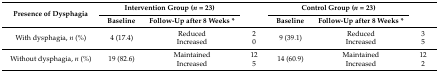
<table><thead><tr><td rowspan="2"><b>Presence of Dysphagia</b></td><td colspan="2"><b>Intervention Group (<i>n</i> = 23)</b></td><td rowspan="2"></td><td colspan="2"><b>Control Group (<i>n</i> = 23)</b></td><td rowspan="2"></td></tr><tr><td><b>Baseline</b></td><td><b>Follow-Up after 8 Weeks *</b></td><td><b>Baseline</b></td><td><b>Follow-Up after 8 Weeks *</b></td></tr></thead><tbody><tr><td rowspan="2">With dysphagia, <i>n</i> (%)</td><td rowspan="2">4 (17.4)</td><td>Reduced</td><td>2</td><td rowspan="2">9 (39.1)</td><td>Reduced</td><td>3</td></tr><tr><td>Increased</td><td>0</td><td>Increased</td><td>5</td></tr><tr><td rowspan="2">Without dysphagia, <i>n</i> (%)</td><td rowspan="2">19 (82.6)</td><td>Maintained</td><td>12</td><td rowspan="2">14 (60.9)</td><td>Maintained</td><td>12</td></tr><tr><td>Increased</td><td>5</td><td>Increased</td><td>2</td></tr></tbody></table>